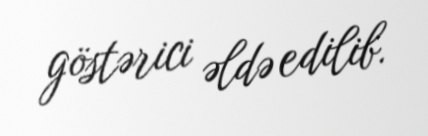
göstərici əldə edilib.